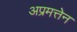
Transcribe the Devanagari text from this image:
अप्रमत्तेन